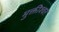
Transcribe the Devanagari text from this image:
मुक्तीश्वर